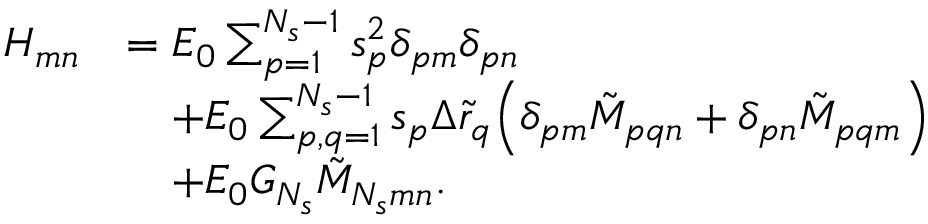
\begin{array} { r l } { H _ { m n } } & { = E _ { 0 } \sum _ { p = 1 } ^ { N _ { s } - 1 } { s _ { p } ^ { 2 } \delta _ { p m } \delta _ { p n } } } \\ & { \quad + E _ { 0 } \sum _ { p , q = 1 } ^ { N _ { s } - 1 } { s _ { p } \Delta \tilde { r } _ { q } \Big ( \delta _ { p m } \tilde { M } _ { p q n } + \delta _ { p n } \tilde { M } _ { p q m } \Big ) } } \\ & { \quad + E _ { 0 } G _ { N _ { s } } \tilde { M } _ { N _ { s } m n } . } \end{array}